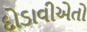
દોડાવીએતો